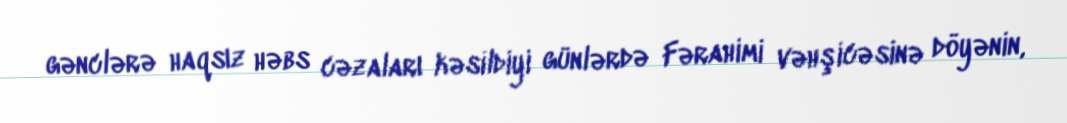
gənclərə haqsız həbs cəzaları kəsildiyi günlərdə Fərahimi vəhşicəsinə döyənin,